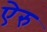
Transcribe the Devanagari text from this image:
ऐरु